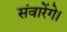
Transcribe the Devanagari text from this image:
संवारेंगे।